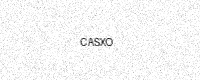
Text: CASXO